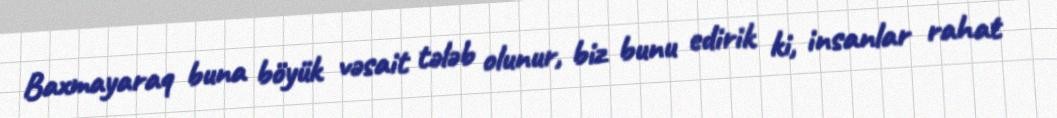
Baxmayaraq buna böyük vəsait tələb olunur, biz bunu edirik ki, insanlar rahat